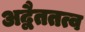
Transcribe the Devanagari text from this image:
अद्वैततत्व